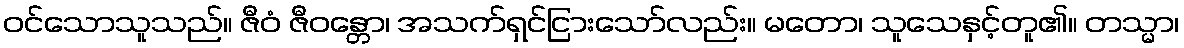
ဝင်သောသူသည်။ ဇီဝံ ဇီဝန္တော၊ အသက်ရှင်ငြားသော်လည်း။ မတော၊ သူသေနှင့်တူ၏။ တသ္မာ၊